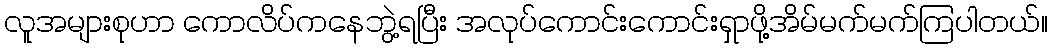
လူအများစုဟာ ကောလိပ်ကနေဘွဲ့ရပြီး အလုပ်ကောင်းကောင်းရှာဖို့အိမ်မက်မက်ကြပါတယ်။